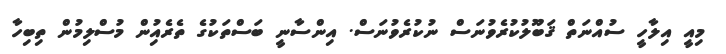
މިއީ އިލާހީ ސުއްނަތް ޤަބޫލުކުރެވުނަސް ނުކުރެވުނަސް. އިންސާނީ ބަސްތަކުގެ ތެރެއިުން މުސްލިމުން ތިބިހާ